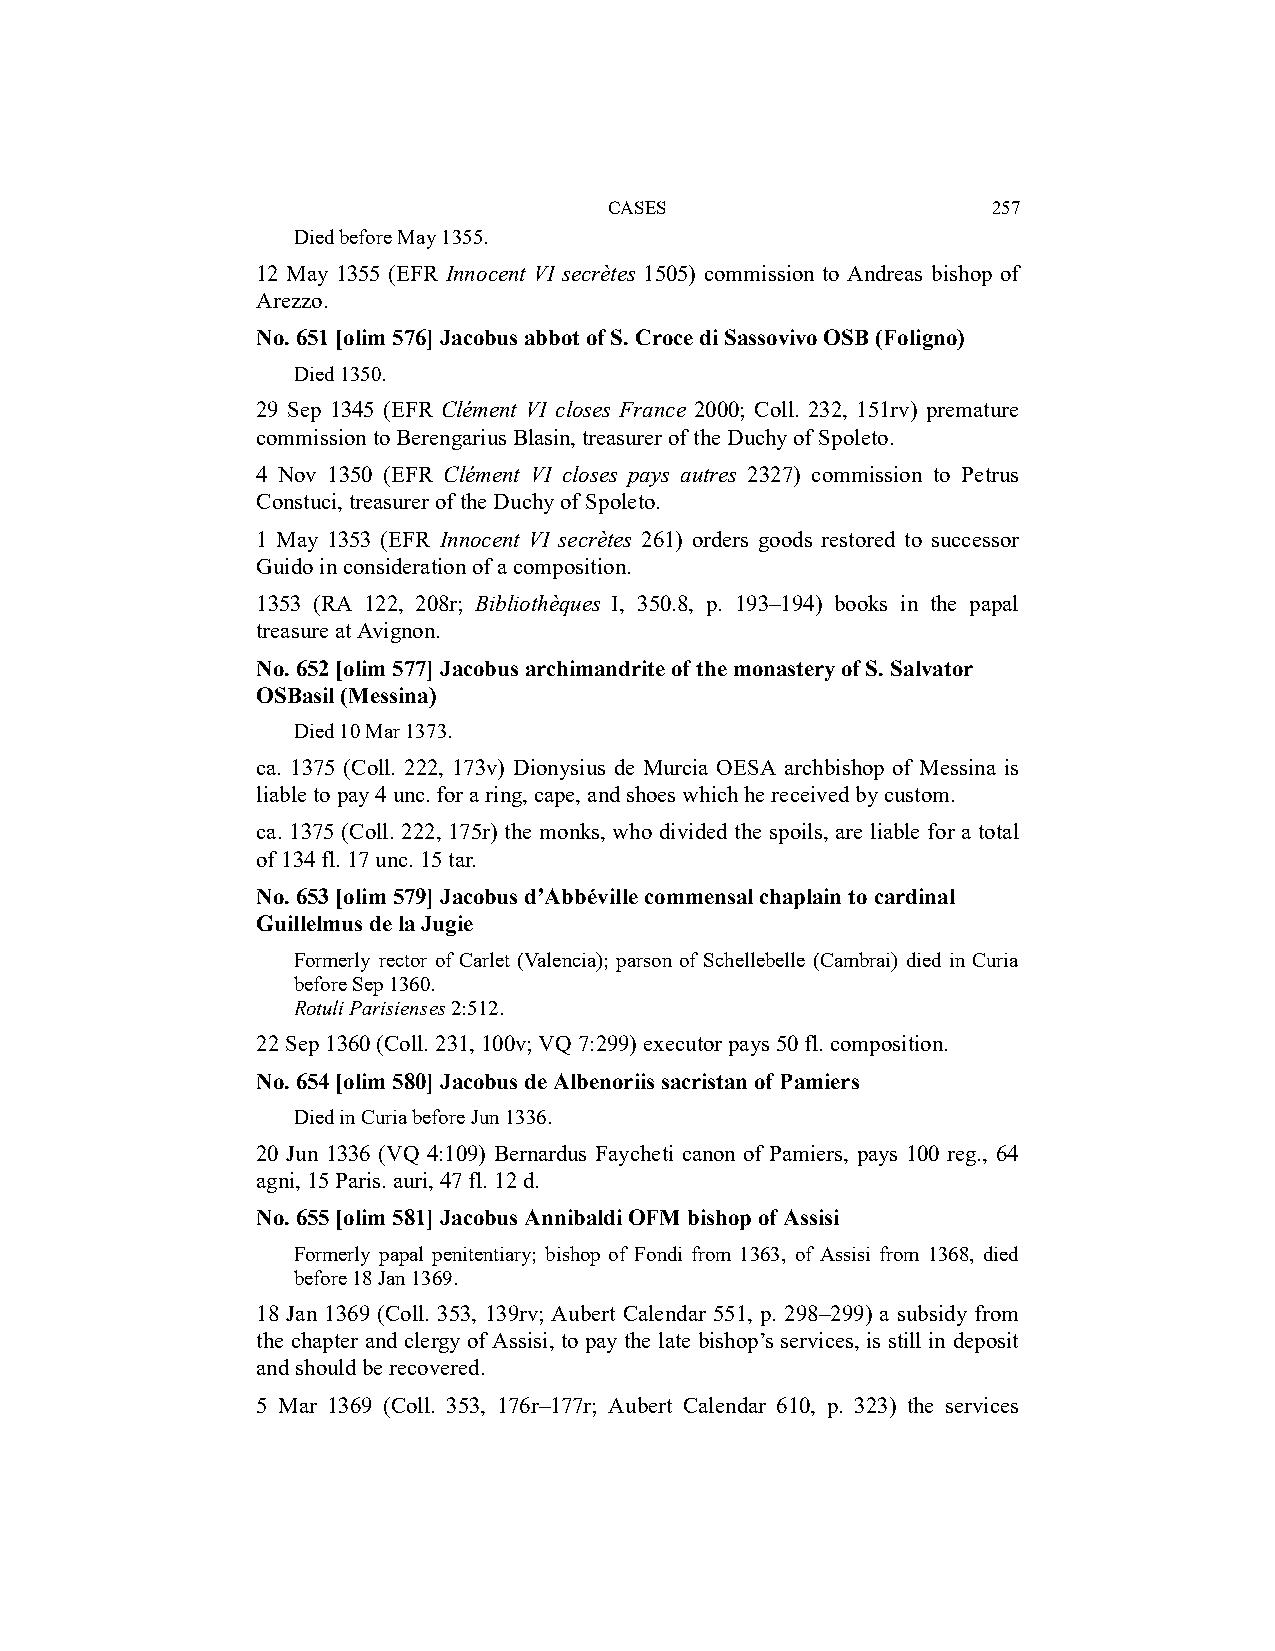
CASES                     257
 Died before May 1355.
 12 May 1355 (EFR Innocent VI secrètes 1505) commission to Andreas bishop of
 Arezzo.
 No. 651 [olim 576] Jacobus abbot of S. Croce di Sassovivo OSB (Foligno)
 Died 1350.
 29 Sep 1345 (EFR Clément VI closes France 2000; Coll. 232, 151rv) premature
 commission to Berengarius Blasin, treasurer of the Duchy of Spoleto.
 4 Nov 1350 (EFR Clément VI closes pays autres 2327) commission to Petrus
 Constuci, treasurer of the Duchy of Spoleto.
 1 May 1353 (EFR Innocent VI secrètes 261) orders goods restored to successor
 Guido in consideration of a composition.
 1353 (RA 122, 208r; Bibliothèques I, 350.8, p. 193–194) books in the papal
 treasure at Avignon.
 No. 652 [olim 577] Jacobus archimandrite of the monastery of S. Salvator
 OSBasil (Messina)
 Died 10 Mar 1373.
 ca. 1375 (Coll. 222, 173v) Dionysius de Murcia OESA archbishop of Messina is
 liable to pay 4 unc. for a ring, cape, and shoes which he received by custom.
 ca. 1375 (Coll. 222, 175r) the monks, who divided the spoils, are liable for a total
 of 134 fl. 17 unc. 15 tar.
 No. 653 [olim 579] Jacobus d’Abbéville commensal chaplain to cardinal
 Guillelmus de la Jugie
 Formerly rector of Carlet (Valencia); parson of Schellebelle (Cambrai) died in Curia
 before Sep 1360.
 Rotuli Parisienses 2:512.
 22 Sep 1360 (Coll. 231, 100v; VQ 7:299) executor pays 50 fl. composition.
 No. 654 [olim 580] Jacobus de Albenoriis sacristan of Pamiers
 Died in Curia before Jun 1336.
 20 Jun 1336 (VQ 4:109) Bernardus Faycheti canon of Pamiers, pays 100 reg., 64
 agni, 15 Paris. auri, 47 fl. 12 d.
 No. 655 [olim 581] Jacobus Annibaldi OFM bishop of Assisi
 Formerly papal penitentiary; bishop of Fondi from 1363, of Assisi from 1368, died
 before 18 Jan 1369.
 18 Jan 1369 (Coll. 353, 139rv; Aubert Calendar 551, p. 298–299) a subsidy from
 the chapter and clergy of Assisi, to pay the late bishop’s services, is still in deposit
 and should be recovered.
 5 Mar 1369 (Coll. 353, 176r–177r; Aubert Calendar 610, p. 323) the services